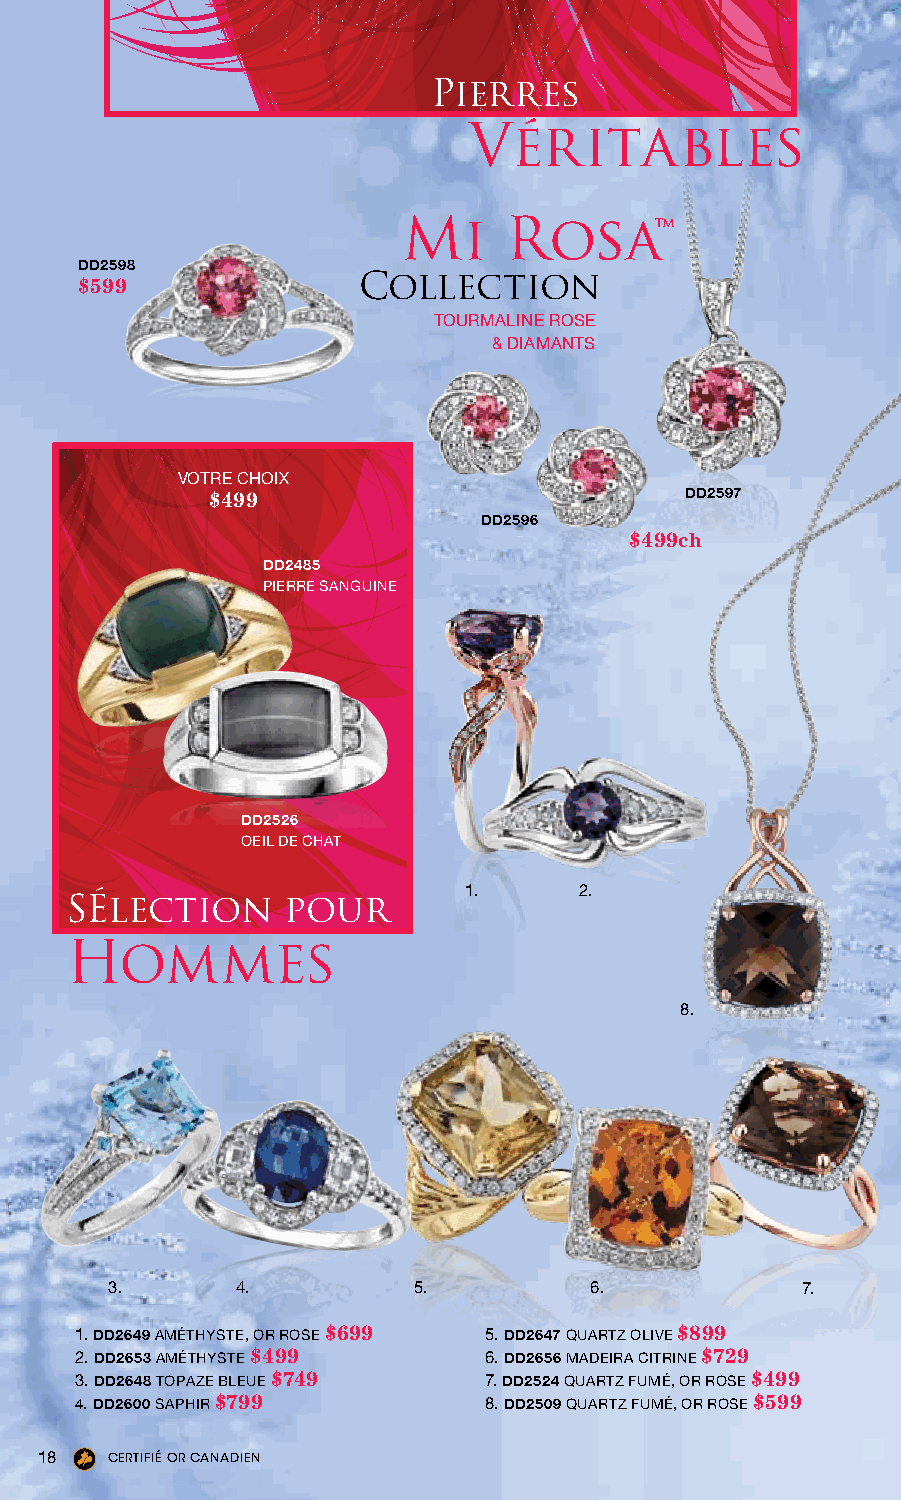
Pierres
 VÉRITAbLes
 Mi    Rosa™
 DD2598
 $599               Collection
 TOURMALINE ROSE
 & DIAMANTS
 VOTRE CHOIX
 $499                           DD2597
 DD2596
 $499ch
 DD2485
 PIERRE SANGUINE
 DD2526
 OEIL DE CHAT
 1.     2.
 SÉLeCTION      POUR
 Hommes
 8.
 3.       4.         5.          6.            7.
 1. DD2649 AMÉTHYSTE, OR ROSE $699 5. DD2647 QUARTZ OLIVE $899
 2. DD2653 AMÉTHYSTE $499   6. DD2656 MADEIRA CITRINE $729
 3. DD2648 TOPAZE BLEUE $749 7. DD2524 QUARTZ FUMÉ, OR ROSE $499
 4. DD2600 SAPHIR $799      8. DD2509 QUARTZ FUMÉ, OR ROSE $599
 18   CCEARNTIAFIÉD OIARN C ACNEARDTIEIFNIED GOLD